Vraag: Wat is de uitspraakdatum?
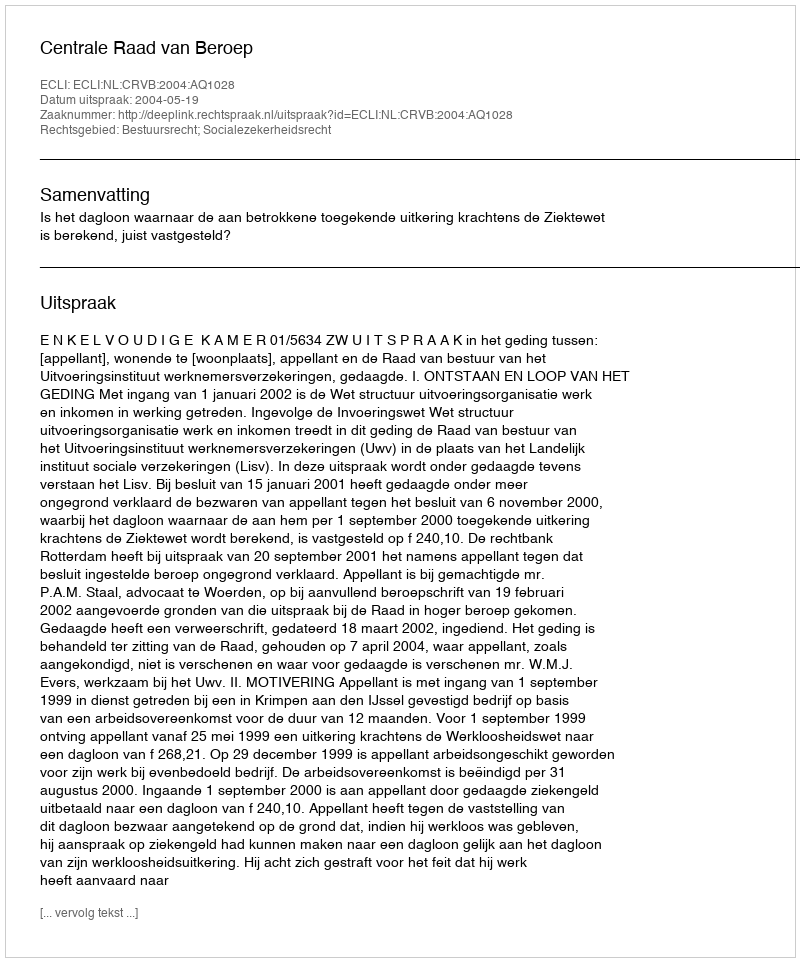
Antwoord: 2004-05-19